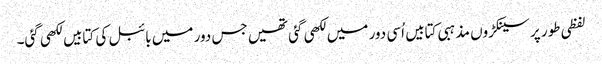
لفظی طور پر سینکڑوں مذہبی کتابیں اُسی دور میں لکھی گئی تھیں جس دور میں بائبل کی کتابیں لکھی گئی۔